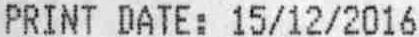
PRINT DATE: 15/12/2016